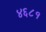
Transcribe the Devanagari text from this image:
४६८१